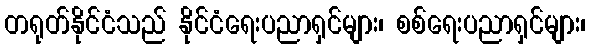
တရုတ်နိုင်ငံသည် နိုင်ငံရေးပညာရှင်များ၊ စစ်ရေးပညာရှင်များ၊